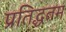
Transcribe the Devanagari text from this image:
प्रतिद्धतम